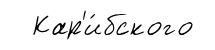
Кар'и́бского